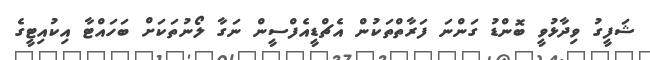
ޝަފީގު ވިދާޅުވީ ބޮންޑު ގަންނަ ފަރާތްތަކުން އެޗްޑީއެފްސީން ނަގާ ލޯނުތަކަށް ބަހައްޓާ އިކުއިޓީގެ